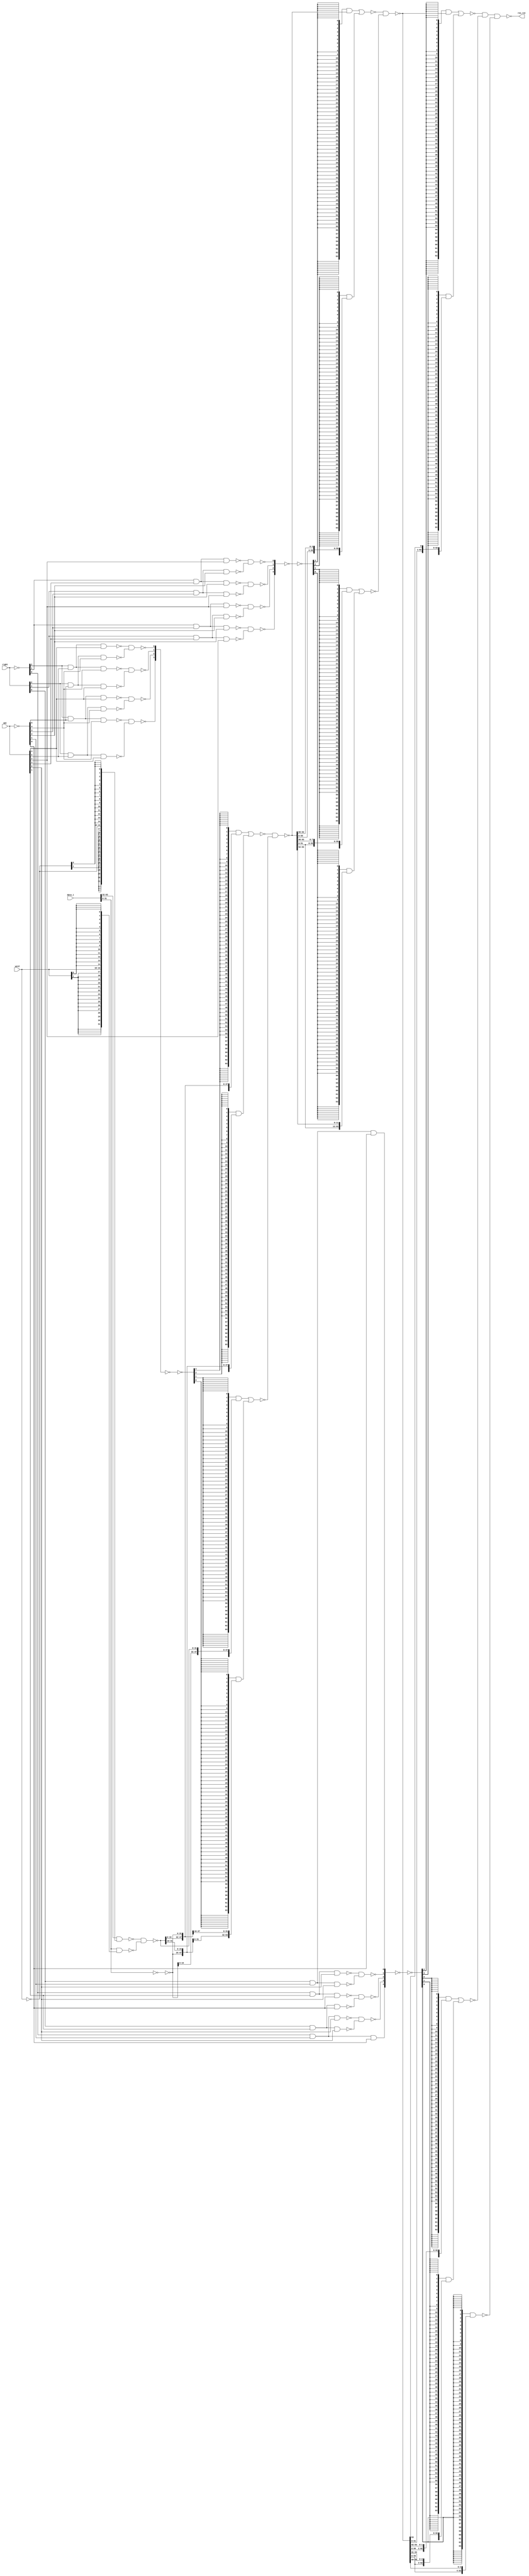
//  IBM Corp. 2020
// Licensed under the Apache License, Version 2.0 (the "License"), as modified by
// the terms below; you may not use the files in this repository except in
// compliance with the License as modified.
// You may obtain a copy of the License at http://www.apache.org/licenses/LICENSE-2.0
//
// Modified Terms:
//
//    1) For the purpose of the patent license granted to you in Section 3 of the
//    License, the "Work" hereby includes implementations of the work of authorship
//    in physical form.
//
//    2) Notwithstanding any terms to the contrary in the License, any licenses
//    necessary for implementation of the Work that are available from OpenPOWER
//    via the Power ISA End User License Agreement (EULA) are explicitly excluded
//    hereunder, and may be obtained from OpenPOWER under the terms and conditions
//    of the EULA.
//
// Unless required by applicable law or agreed to in writing, the reference design
// distributed under the License is distributed on an "AS IS" BASIS, WITHOUT
// WARRANTIES OR CONDITIONS OF ANY KIND, either express or implied. See the License
// for the specific language governing permissions and limitations under the License.
//
// Additional rights, including the ability to physically implement a softcore that
// is compliant with the required sections of the Power ISA Specification, are
// available at no cost under the terms of the OpenPOWER Power ISA EULA, which can be
// obtained (along with the Power ISA) here: https://openpowerfoundation.org.

`timescale 1 ns / 1 ns

//  Description:  XU Rotate - Rotate Component
//
//*****************************************************************************

module tri_st_rot_rol64(
   word,
   right,
   amt,
   data_i,
   res_rot
);
   input [0:1]   word;		// PPC word mode rotate <2 copies>
   input [0:2]   right;		// emulate a shift right with a rotate left <2 copies>
   input [0:5]   amt;		// shift amout [0:63]
   input [0:63]  data_i;		// data to be shifted
   output [0:63] res_rot;		// mask shows which rotator bits to keep in the result.

   wire [0:2]    right_b;
   wire [0:5]    amt_b;
   wire [0:1]    word_b;
   wire [0:31]   word_bus;
   wire [0:31]   word_bus_b;
   wire [0:31]   data_i0_adj_b;
   wire [0:63]   data_i_adj;
   wire [0:63]   data_i1_adj_b;

   wire [0:63]   rolx16_0;
   wire [0:63]   rolx16_1;
   wire [0:63]   rolx16_2;
   wire [0:63]   rolx16_3;
   wire [0:63]   rolx04_0;
   wire [0:63]   rolx04_1;
   wire [0:63]   rolx04_2;
   wire [0:63]   rolx04_3;
   wire [0:63]   rolx01_0;
   wire [0:63]   rolx01_1;
   wire [0:63]   rolx01_2;
   wire [0:63]   rolx01_3;
   wire [0:63]   rolx01_4;
   wire [0:63]   shd16;
   wire [0:63]   shd16_0_b;
   wire [0:63]   shd16_1_b;
   wire [0:63]   shd04;
   wire [0:63]   shd04_0_b;
   wire [0:63]   shd04_1_b;
   wire [0:63]   shd01_0_b;
   wire [0:63]   shd01_1_b;
   wire [0:63]   shd01_2_b;
   wire [0:3]    x16_lft_b;
   wire [0:3]    x16_rgt_b;
   wire [0:3]    lftx16;
   wire [0:3]    x04_lft_b;
   wire [0:3]    x04_rgt_b;
   wire [0:3]    lftx04;
   wire [0:3]    x01_lft_b;
   wire [0:3]    x01_rgt_b;
   wire [0:4]    lftx01;

   wire [0:4]    lftx01_inv;
   wire [0:4]    lftx01_buf0;
   wire [0:4]    lftx01_buf1;
   wire [0:3]    lftx04_inv;
   wire [0:3]    lftx04_buf0;
   wire [0:3]    lftx04_buf1;
   wire [0:3]    lftx16_inv;
   wire [0:3]    lftx16_buf0;
   wire [0:3]    lftx16_buf1;
   wire [0:63]   lftx16_0_bus;
   wire [0:63]   lftx16_1_bus;
   wire [0:63]   lftx16_2_bus;
   wire [0:63]   lftx16_3_bus;
   wire [0:63]   lftx04_0_bus;
   wire [0:63]   lftx04_1_bus;
   wire [0:63]   lftx04_2_bus;
   wire [0:63]   lftx04_3_bus;
   wire [0:63]   lftx01_0_bus;
   wire [0:63]   lftx01_1_bus;
   wire [0:63]   lftx01_2_bus;
   wire [0:63]   lftx01_3_bus;
   wire [0:63]   lftx01_4_bus;
   // -------------------------------------------------------------
   // how the ppc emulates a rot32 using rot64 hardware.
   // this makes the wrapping corect for the low order 32 bits.
   // upper 32 result bits a garbage
   //--------------------------------------------------------------

   assign word_b[0:1] = (~word[0:1]);

   assign word_bus_b[0:15]  = {16{word_b[0]}};
   assign word_bus_b[16:31] = {16{word_b[1]}};
   assign word_bus[0:15]    = {16{word[0]}};
   assign word_bus[16:31]   = {16{word[1]}};

   assign data_i0_adj_b[0:31] = (~(data_i[0:31] & word_bus_b[0:31]));
   assign data_i1_adj_b[0:31] = (~(data_i[32:63] & word_bus[0:31]));
   assign data_i_adj[0:31] = (~(data_i0_adj_b[0:31] & data_i1_adj_b[0:31]));

   assign data_i1_adj_b[32:63] = (~(data_i[32:63]));
   assign data_i_adj[32:63] = (~(data_i1_adj_b[32:63]));

   //---------------------------------------------------------------
   // decoder without the adder
   //---------------------------------------------------------------
   //rotate right by [n] == rotate_left by width -[n] == !n + 1

   assign right_b[0:2] = (~right[0:2]);
   assign amt_b[0:5] = (~amt[0:5]);

   assign x16_lft_b[0] = (~(right_b[0] & amt_b[0] & amt_b[1]));
   assign x16_lft_b[1] = (~(right_b[0] & amt_b[0] & amt[1]));
   assign x16_lft_b[2] = (~(right_b[0] & amt[0] & amt_b[1]));
   assign x16_lft_b[3] = (~(right_b[0] & amt[0] & amt[1]));

   assign x16_rgt_b[0] = (~(right[0] & amt_b[0] & amt_b[1]));
   assign x16_rgt_b[1] = (~(right[0] & amt_b[0] & amt[1]));
   assign x16_rgt_b[2] = (~(right[0] & amt[0] & amt_b[1]));
   assign x16_rgt_b[3] = (~(right[0] & amt[0] & amt[1]));

   assign lftx16[0] = (~(x16_lft_b[0] & x16_rgt_b[3]));
   assign lftx16[1] = (~(x16_lft_b[1] & x16_rgt_b[2]));
   assign lftx16[2] = (~(x16_lft_b[2] & x16_rgt_b[1]));
   assign lftx16[3] = (~(x16_lft_b[3] & x16_rgt_b[0]));

   assign x04_lft_b[0] = (~(right_b[1] & amt_b[2] & amt_b[3]));
   assign x04_lft_b[1] = (~(right_b[1] & amt_b[2] & amt[3]));
   assign x04_lft_b[2] = (~(right_b[1] & amt[2] & amt_b[3]));
   assign x04_lft_b[3] = (~(right_b[1] & amt[2] & amt[3]));

   assign x04_rgt_b[0] = (~(right[1] & amt_b[2] & amt_b[3]));
   assign x04_rgt_b[1] = (~(right[1] & amt_b[2] & amt[3]));
   assign x04_rgt_b[2] = (~(right[1] & amt[2] & amt_b[3]));
   assign x04_rgt_b[3] = (~(right[1] & amt[2] & amt[3]));

   assign lftx04[0] = (~(x04_lft_b[0] & x04_rgt_b[3]));
   assign lftx04[1] = (~(x04_lft_b[1] & x04_rgt_b[2]));
   assign lftx04[2] = (~(x04_lft_b[2] & x04_rgt_b[1]));
   assign lftx04[3] = (~(x04_lft_b[3] & x04_rgt_b[0]));

   assign x01_lft_b[0] = (~(right_b[2] & amt_b[4] & amt_b[5]));
   assign x01_lft_b[1] = (~(right_b[2] & amt_b[4] & amt[5]));
   assign x01_lft_b[2] = (~(right_b[2] & amt[4] & amt_b[5]));
   assign x01_lft_b[3] = (~(right_b[2] & amt[4] & amt[5]));

   assign x01_rgt_b[0] = (~(right[2] & amt_b[4] & amt_b[5]));
   assign x01_rgt_b[1] = (~(right[2] & amt_b[4] & amt[5]));
   assign x01_rgt_b[2] = (~(right[2] & amt[4] & amt_b[5]));
   assign x01_rgt_b[3] = (~(right[2] & amt[4] & amt[5]));

   assign lftx01[0] = (~(x01_lft_b[0]));		// the shift is like the +1
   assign lftx01[1] = (~(x01_lft_b[1] & x01_rgt_b[3]));
   assign lftx01[2] = (~(x01_lft_b[2] & x01_rgt_b[2]));
   assign lftx01[3] = (~(x01_lft_b[3] & x01_rgt_b[1]));
   assign lftx01[4] = (~(x01_rgt_b[0]));

   assign lftx16_inv[0:3] = (~(lftx16[0:3]));
   assign lftx16_buf0[0:3] = (~(lftx16_inv[0:3]));
   assign lftx16_buf1[0:3] = (~(lftx16_inv[0:3]));

   assign lftx04_inv[0:3] = (~(lftx04[0:3]));
   assign lftx04_buf0[0:3] = (~(lftx04_inv[0:3]));
   assign lftx04_buf1[0:3] = (~(lftx04_inv[0:3]));

   assign lftx01_inv[0:4] = (~(lftx01[0:4]));
   assign lftx01_buf0[0:4] = (~(lftx01_inv[0:4]));
   assign lftx01_buf1[0:4] = (~(lftx01_inv[0:4]));

   assign lftx16_0_bus[0:31]  = {32{lftx16_buf0[0]}};
   assign lftx16_0_bus[32:63] = {32{lftx16_buf1[0]}};
   assign lftx16_1_bus[0:31]  = {32{lftx16_buf0[1]}};
   assign lftx16_1_bus[32:63] = {32{lftx16_buf1[1]}};
   assign lftx16_2_bus[0:31]  = {32{lftx16_buf0[2]}};
   assign lftx16_2_bus[32:63] = {32{lftx16_buf1[2]}};
   assign lftx16_3_bus[0:31]  = {32{lftx16_buf0[3]}};
   assign lftx16_3_bus[32:63] = {32{lftx16_buf1[3]}};

   assign lftx04_0_bus[0:31]  = {32{lftx04_buf0[0]}};
   assign lftx04_0_bus[32:63] = {32{lftx04_buf1[0]}};
   assign lftx04_1_bus[0:31]  = {32{lftx04_buf0[1]}};
   assign lftx04_1_bus[32:63] = {32{lftx04_buf1[1]}};
   assign lftx04_2_bus[0:31]  = {32{lftx04_buf0[2]}};
   assign lftx04_2_bus[32:63] = {32{lftx04_buf1[2]}};
   assign lftx04_3_bus[0:31]  = {32{lftx04_buf0[3]}};
   assign lftx04_3_bus[32:63] = {32{lftx04_buf1[3]}};

   assign lftx01_0_bus[0:31]  = {32{lftx01_buf0[0]}};
   assign lftx01_0_bus[32:63] = {32{lftx01_buf1[0]}};
   assign lftx01_1_bus[0:31]  = {32{lftx01_buf0[1]}};
   assign lftx01_1_bus[32:63] = {32{lftx01_buf1[1]}};
   assign lftx01_2_bus[0:31]  = {32{lftx01_buf0[2]}};
   assign lftx01_2_bus[32:63] = {32{lftx01_buf1[2]}};
   assign lftx01_3_bus[0:31]  = {32{lftx01_buf0[3]}};
   assign lftx01_3_bus[32:63] = {32{lftx01_buf1[3]}};
   assign lftx01_4_bus[0:31]  = {32{lftx01_buf0[4]}};
   assign lftx01_4_bus[32:63] = {32{lftx01_buf1[4]}};

   //---------------------------------------------------------------
   // the shifter
   //---------------------------------------------------------------

   assign rolx16_0[0:63] = data_i_adj[0:63];
   assign rolx16_1[0:63] = {data_i_adj[16:63], data_i_adj[0:15]};
   assign rolx16_2[0:63] = {data_i_adj[32:63], data_i_adj[0:31]};
   assign rolx16_3[0:63] = {data_i_adj[48:63], data_i_adj[0:47]};

   assign shd16_0_b[0:63] = (~((lftx16_0_bus[0:63] & rolx16_0[0:63]) | (lftx16_1_bus[0:63] & rolx16_1[0:63])));
   assign shd16_1_b[0:63] = (~((lftx16_2_bus[0:63] & rolx16_2[0:63]) | (lftx16_3_bus[0:63] & rolx16_3[0:63])));
   assign shd16[0:63] = (~(shd16_0_b[0:63] & shd16_1_b[0:63]));

   assign rolx04_0[0:63] = shd16[0:63];
   assign rolx04_1[0:63] = {shd16[4:63], shd16[0:3]};
   assign rolx04_2[0:63] = {shd16[8:63], shd16[0:7]};
   assign rolx04_3[0:63] = {shd16[12:63], shd16[0:11]};

   assign shd04_0_b[0:63] = (~((lftx04_0_bus[0:63] & rolx04_0[0:63]) | (lftx04_1_bus[0:63] & rolx04_1[0:63])));
   assign shd04_1_b[0:63] = (~((lftx04_2_bus[0:63] & rolx04_2[0:63]) | (lftx04_3_bus[0:63] & rolx04_3[0:63])));
   assign shd04[0:63] = (~(shd04_0_b[0:63] & shd04_1_b[0:63]));

   assign rolx01_0[0:63] = shd04[0:63];
   assign rolx01_1[0:63] = {shd04[1:63], shd04[0]};
   assign rolx01_2[0:63] = {shd04[2:63], shd04[0:1]};
   assign rolx01_3[0:63] = {shd04[3:63], shd04[0:2]};
   assign rolx01_4[0:63] = {shd04[4:63], shd04[0:3]};

   assign shd01_0_b[0:63] = (~((lftx01_0_bus[0:63] & rolx01_0[0:63]) | (lftx01_1_bus[0:63] & rolx01_1[0:63])));
   assign shd01_1_b[0:63] = (~((lftx01_2_bus[0:63] & rolx01_2[0:63]) | (lftx01_3_bus[0:63] & rolx01_3[0:63])));
   assign shd01_2_b[0:63] = (~(lftx01_4_bus[0:63] & rolx01_4[0:63]));
   assign res_rot[0:63] = (~(shd01_0_b[0:63] & shd01_1_b[0:63] & shd01_2_b[0:63]));

endmodule